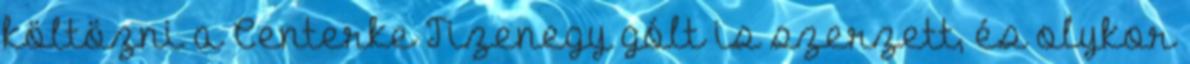
költözni a Centerke Tizenegy gólt is szerzett, és olykor